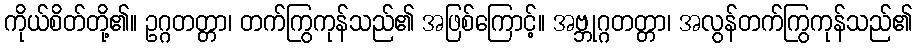
ကိုယ်စိတ်တို့၏။ ဥဂ္ဂတတ္တာ၊ တက်ကြွကုန်သည်၏ အဖြစ်ကြောင့်။ အဗ္ဘုဂ္ဂတတ္တာ၊ အလွန်တက်ကြွကုန်သည်၏